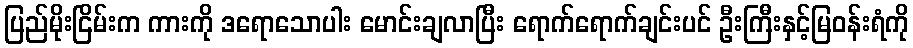
ပြည်မိုးငြိမ်းက ကားကို ဒရောသောပါး မောင်းချလာပြီး ရောက်ရောက်ချင်းပင် ဦးကြီးနှင့်မြဝန်းရံကို